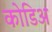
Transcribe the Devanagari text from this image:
कोडिअ